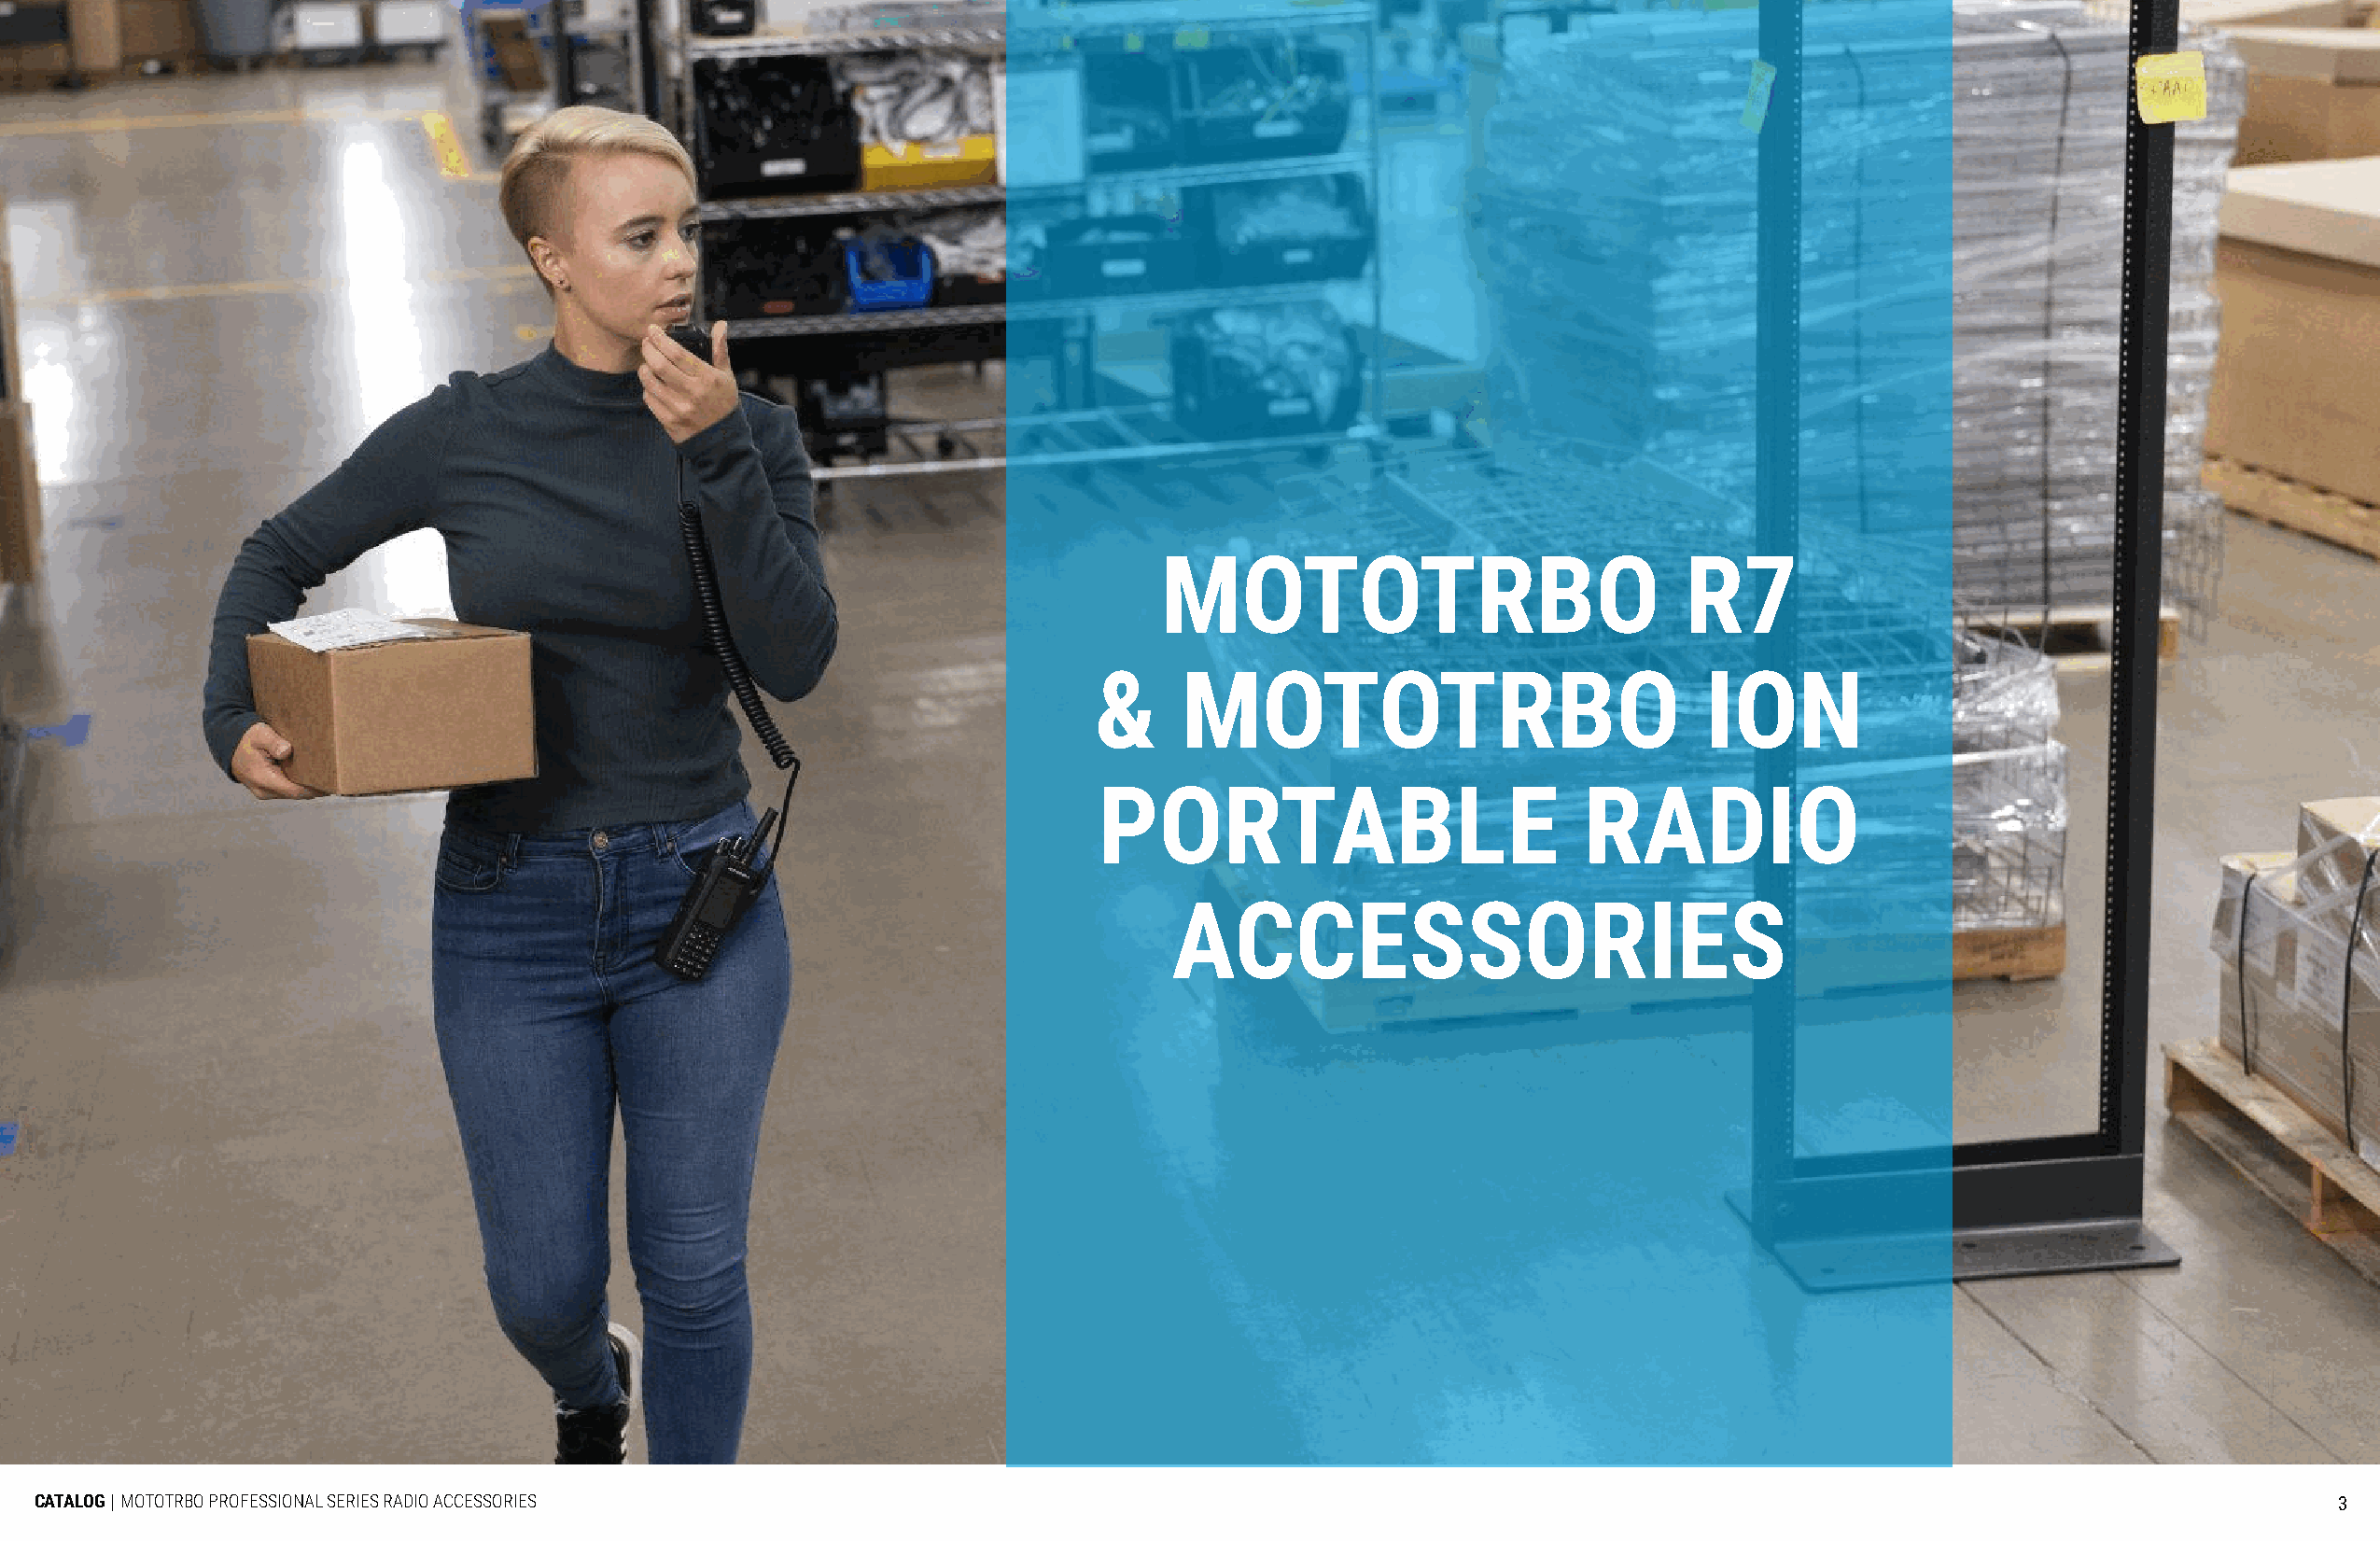
MOTOTRBO                             R7
 &     MOTOTRBO                             ION
 PORTABLE                          RADIO
 ACCESSORIES
 CATALOG | MOTOTRBO PROFESSIONAL SERIES RADIO ACCESSORIES                                                                                                            3